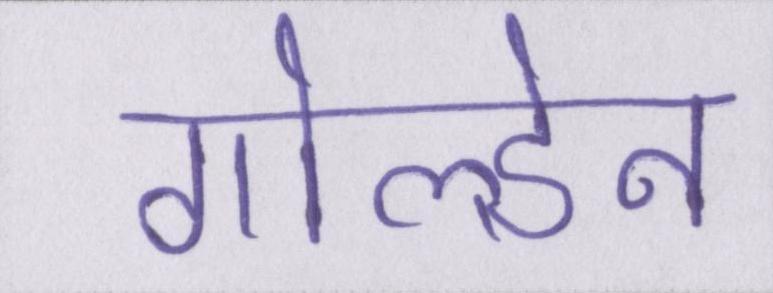
गोल्डेन